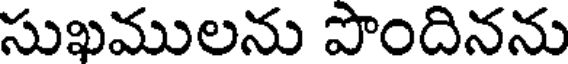
సుఖములను పొందినను